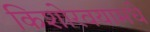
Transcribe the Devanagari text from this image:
किशोरवयामधे